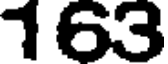
163